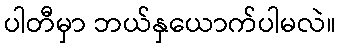
ပါတီမှာ ဘယ်နှယောက်ပါမလဲ။